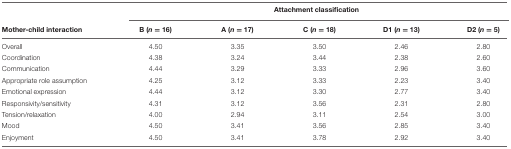
|  | <COLSPAN=5> Attachment classification |
 | Mother-child interaction | B (n = 16) | A (n = 17) | C (n = 18) | D1 (n = 13) | D2 (n = 5) |
 | --- | --- | --- | --- | --- | --- |
 | Overall | 4.50 | 3.35 | 3.50 | 2.46 | 2.80 |
 | Coordination | 4.38 | 3.24 | 3.44 | 2.38 | 2.60 |
 | Communication | 4.44 | 3.29 | 3.33 | 2.96 | 3.60 |
 | Appropriate role assumption | 4.25 | 3.12 | 3.33 | 2.23 | 3.40 |
 | Emotional expression | 4.44 | 3.12 | 3.30 | 2.77 | 3.40 |
 | Responsivity/sensitivity | 4.31 | 3.12 | 3.56 | 2.31 | 2.80 |
 | Tension/relaxation | 4.00 | 2.94 | 3.11 | 2.54 | 3.00 |
 | Mood | 4.50 | 3.41 | 3.56 | 2.85 | 3.40 |
 | Enjoyment | 4.50 | 3.41 | 3.78 | 2.92 | 3.40 |